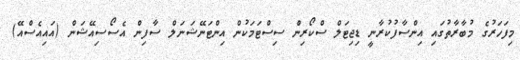
މިފަހަރުގެ މުބާރާތުގައި އިންސާފުކުރާނީ ޑިޖިޓަލް ސްކޯރިން ސިސްޓަމަކުން އިންޓަނޭޝަނަލް ސާފިން އެސޯސިއޭޝަން (އައިއެސްއޭ)